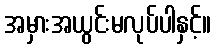
အမှားအယွင်းမလုပ်ပါနှင့်။